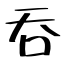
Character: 吞